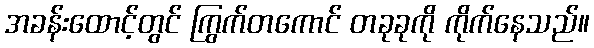
အခန်းထောင့်တွင် ကြွက်တကောင် တခုခုကို ကိုက်နေသည်။